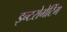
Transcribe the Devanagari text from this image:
इन्टरोगेटिंग